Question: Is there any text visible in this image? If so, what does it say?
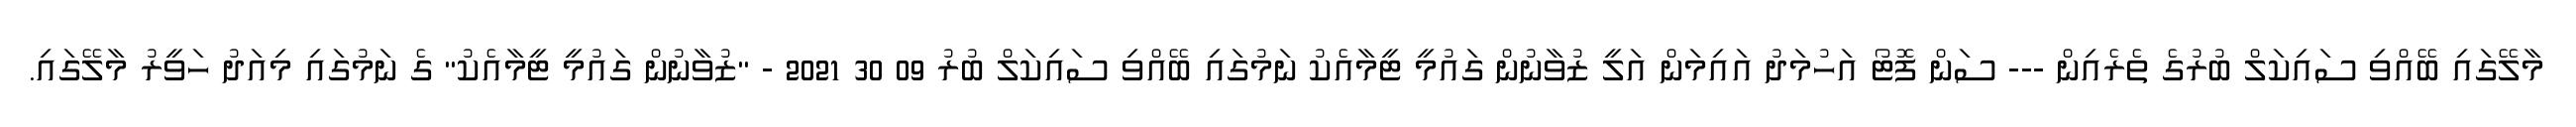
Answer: މާލޭގައި ބޭއްވި ސައިކަލް ބުރުގެ ތެރެއިން --- ސަން ފޮޓޯ އަހުމަދު އައިމަން އަލީ ޒުވާނުން ގައުމީ ޓީމާއެކު ނަމުގައި ބޭއްވި ސައިކަލް ބުރު 09 30 2021 - "ޒުވާނުން ގައުމީ ޓީމާއެކު" ގެ ނަމުގައި މިއަދު ހަވީރު މާލޭގައި.